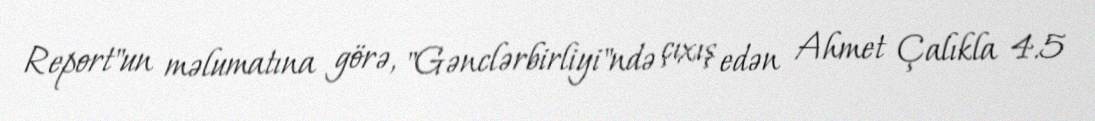
Report"un məlumatına görə, "Gənclərbirliyi"ndə çıxış edən Ahmet Çalıkla 4.5